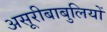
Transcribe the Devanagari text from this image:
असूरीबाबुलियों